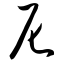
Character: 尼